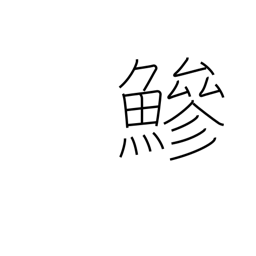
Meaning: horse mackerel